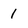
Character: 1